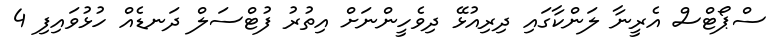
ސްޕޯޓްސް އެރީނާ ލަންކާގައި ދިރިއުޅޭ ދިވެހީންނަށް އިތުރު ފުޓްސަލް ދަނޑެއް ހުޅުވައިފި 4